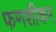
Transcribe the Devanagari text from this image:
फणशीकर